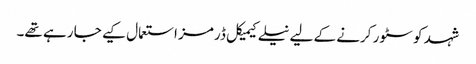
شہد کو سٹور کرنے کے لیے نیلے کیمیکل ڈرمز استعمال کیے جا رہے تھے۔